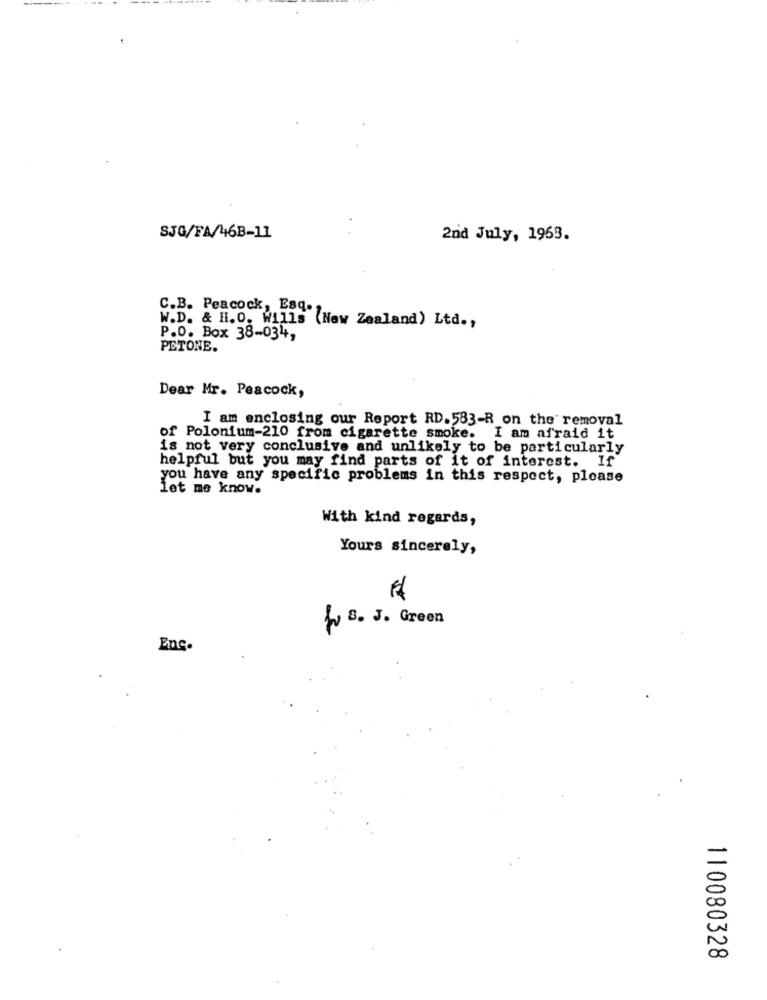
SJG/FA/46B-11
2nd July, 1963.
C.B. Peacock, Esq.1
W.D. & H.O. Wills (New Zealand) Ltd .,
P.O. Box 38-034,
PETONE.
Dear Mr. Peacock,
I am enclosing our Report RD. 583-R on the removal
of Polonium-210 from cigarette smoke. I am afraid it
is not very conclusive and unlikely to be particularly
helpful but you may find parts of it of interest. If
you have any specific problems in this respect, please
let me know.
With kind regards,
Yours sincerely,
I S. J. Green
Enc.
110080328